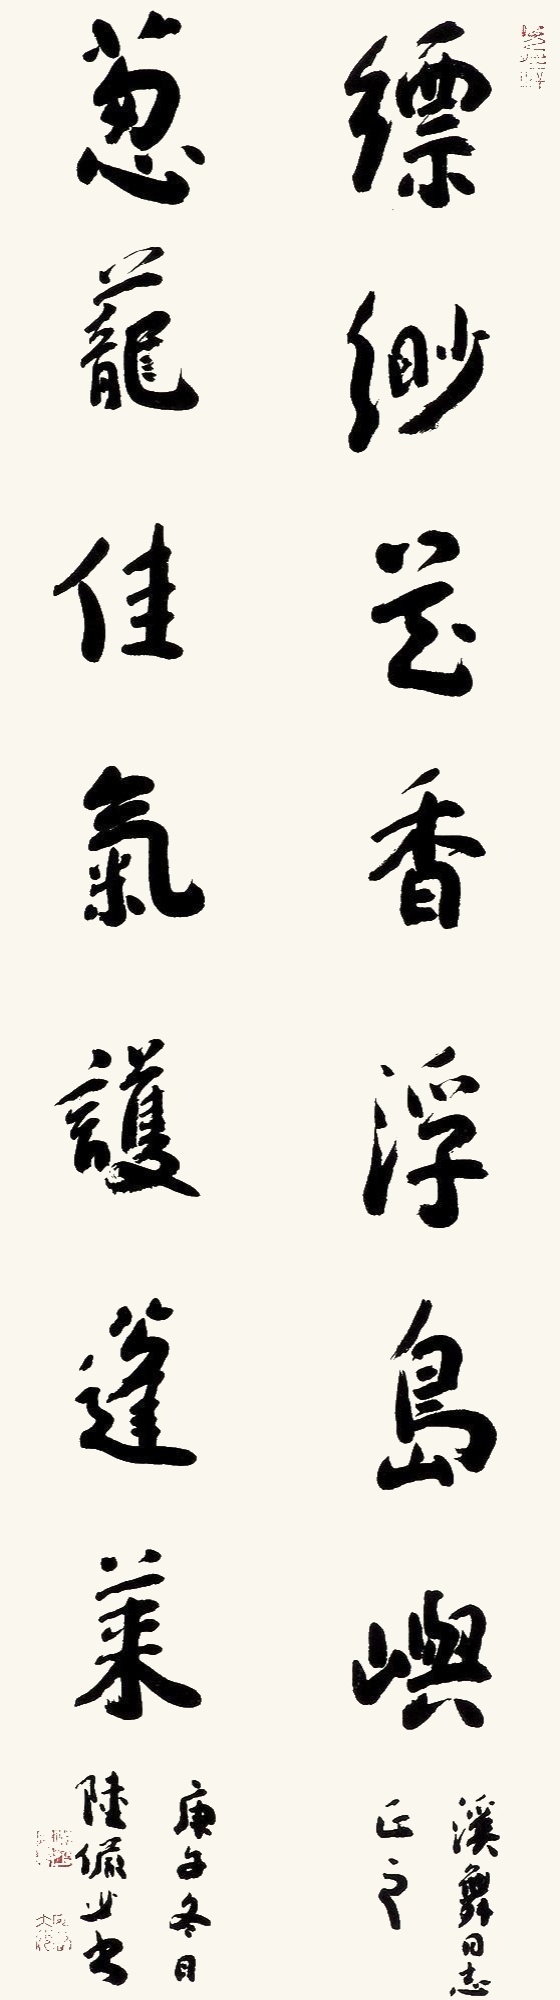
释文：缥缈花香浮岛屿；葱茏香气护蓬莱。溪舞同志正之。庚午冬日，陆俨少书。